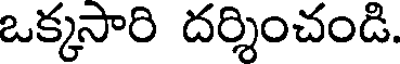
ఒక్కసారి దర్శించండి.